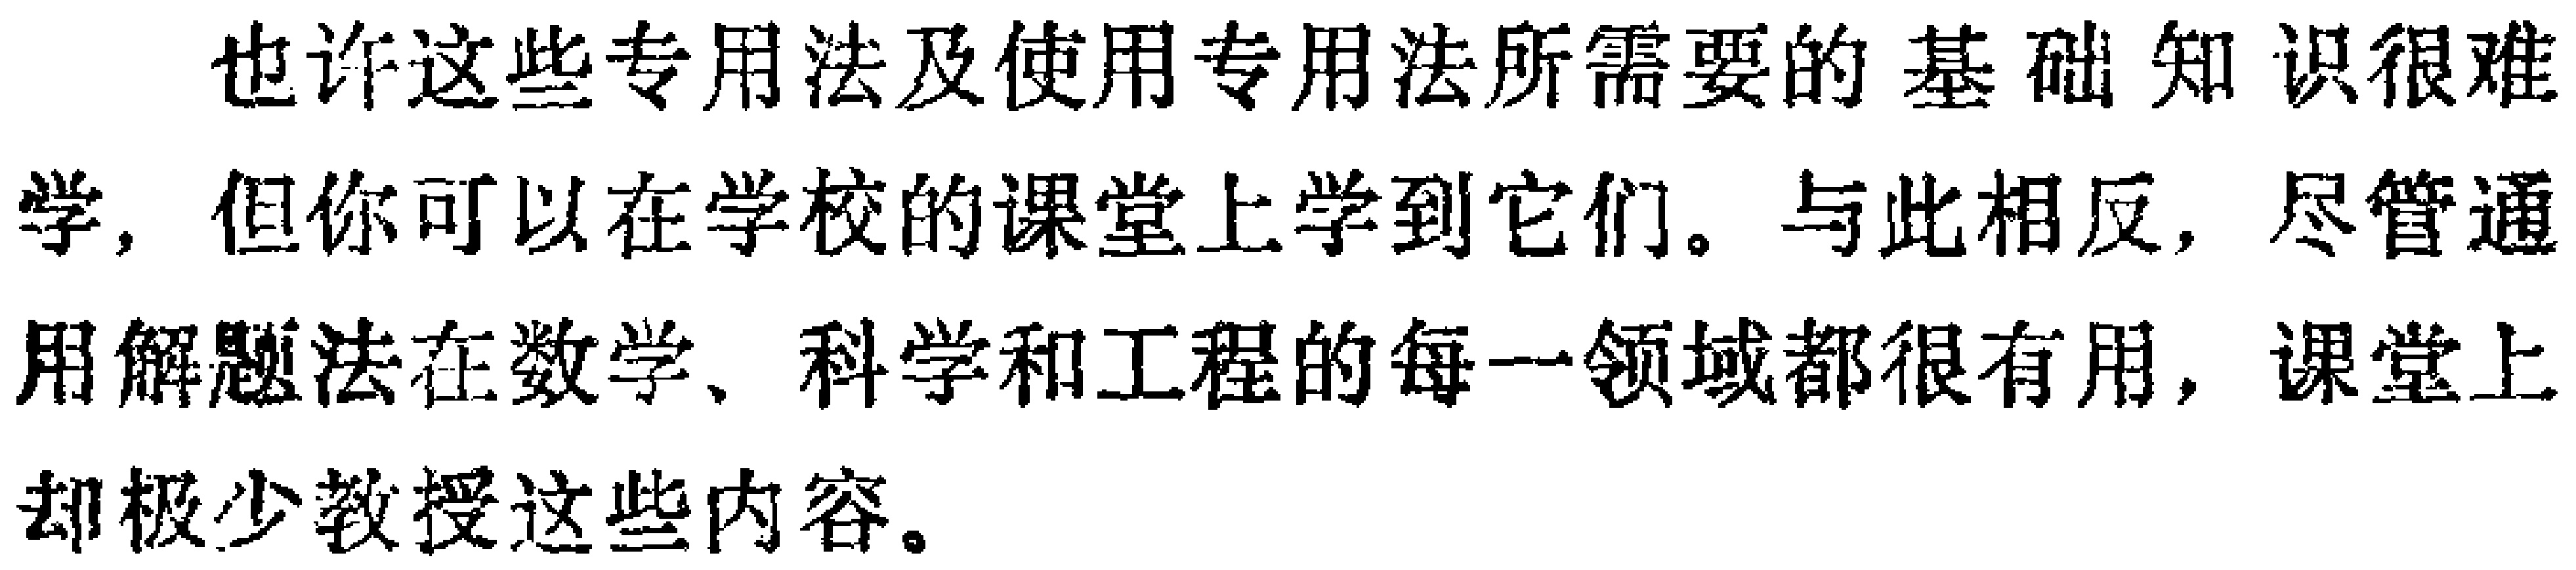
也许这些专用法及使用专用法所需要的基础知识很难学，但你可以在学校的课堂上学到它们。与此相反，尽管通用解题法在数学、科学和工程的每一领域都很有用，课堂上却极少教授这些内容。